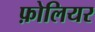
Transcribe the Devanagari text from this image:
फ़ोलियर